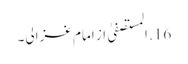
16. المستصفیٰ از امام غزالی۔